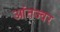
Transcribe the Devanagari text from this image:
आंतज्वर